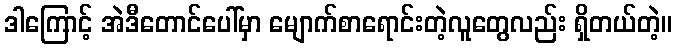
ဒါကြောင့် အဲဒီတောင်ပေါ်မှာ မျောက်စာရောင်းတဲ့လူတွေလည်း ရှိတယ်တဲ့။